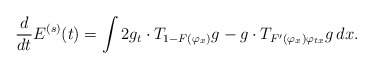
\begin{align*} \frac{d}{dt}E^{(s)}(t)&=\int 2 g_t\cdot T_{1 - F(\varphi_x)} g - g\cdot T_{F'(\varphi_x)\varphi_{tx}} g\,dx.\end{align*}